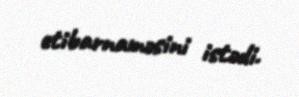
etibarnaməsini istədi.